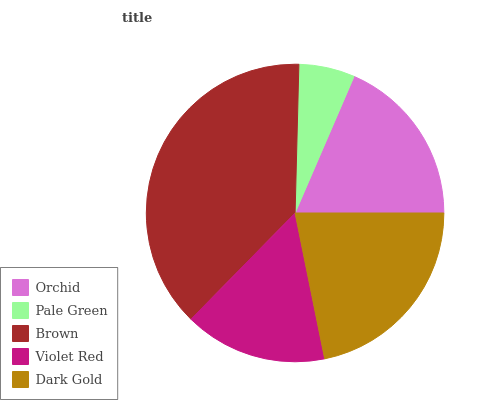
| Orchid | Pale Green | Brown | Violet Red | Dark Gold |
 | --- | --- | --- | --- | --- |
 | 18.5% | 6.09% | 38.1% | 15.5% | 21.8% |